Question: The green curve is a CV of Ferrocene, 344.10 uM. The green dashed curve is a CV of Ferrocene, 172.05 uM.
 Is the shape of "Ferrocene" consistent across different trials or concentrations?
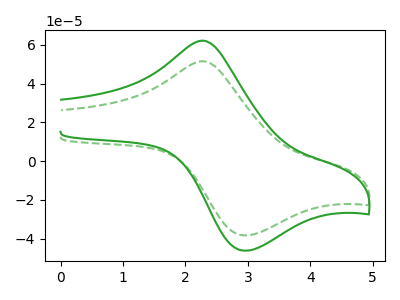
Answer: <think>The green curve "Ferrocene, 344.10 uM" has an anodic peak at (2.25V, 62.15uA) and a cathodic peak at (2.95V, -46.20uA). The green dashed curve "Ferrocene, 172.05 uM" has an anodic peak at (2.25V, 51.55uA) and a cathodic peak at (2.95V, -38.35uA).
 All the peaks in "Ferrocene, 344.10 uM" have a peak in "Ferrocene, 172.05 uM" at the same potential. Every peak in "Ferrocene, 344.10 uM" is higher than every peak in "Ferrocene, 172.05 uM".</think>
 <answer>All the CV's of "Ferrocene" have similar shape.</answer>
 <eval>follow_rule</eval>